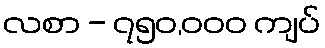
လစာ - ၇၅၀,၀၀၀ ကျပ်